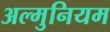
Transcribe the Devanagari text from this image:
अल्‍मुनियम